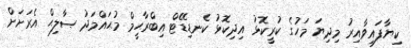
ކިޔާފައިވާއިރު މިދިޔަ މަހުގެ ކުރީކޮޅު އިދިކޮޅު ކެނޑިޑޭޓް އިބްރާހީމް މުޙައްމަދު ޞާލިޙް އެރަށަށް